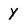
Character: y